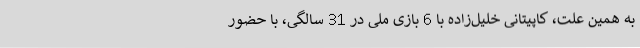
به همین علت، کاپیتانی خلیل‌زاده با 6 بازی ملی در 31 سالگی، با حضور